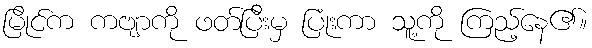
မြိုင်က ကဗျာကို ဖတ်ပြီးမှ ပြုံးကာ သူ့ကို ကြည့်နေ၏။